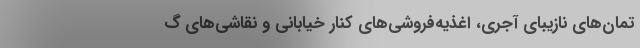
تمان‌های نازیبای آجری، اغذیه‌فروشی‌های کنار خیابانی و نقاشی‌های گ